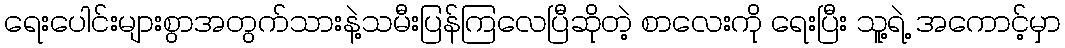
ရေးပေါင်းများစွာအတွက်သားနဲ့သမီးပြန်ကြလေပြီဆိုတဲ့ စာလေးကို ရေးပြီး သူ့ရဲ့ အကောင့်မှာ